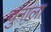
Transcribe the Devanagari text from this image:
चुनाला